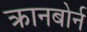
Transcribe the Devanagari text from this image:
क्रानबोर्न